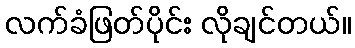
လက်ခံဖြတ်ပိုင်း လိုချင်တယ်။